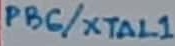
Text: PB6/XTAL1